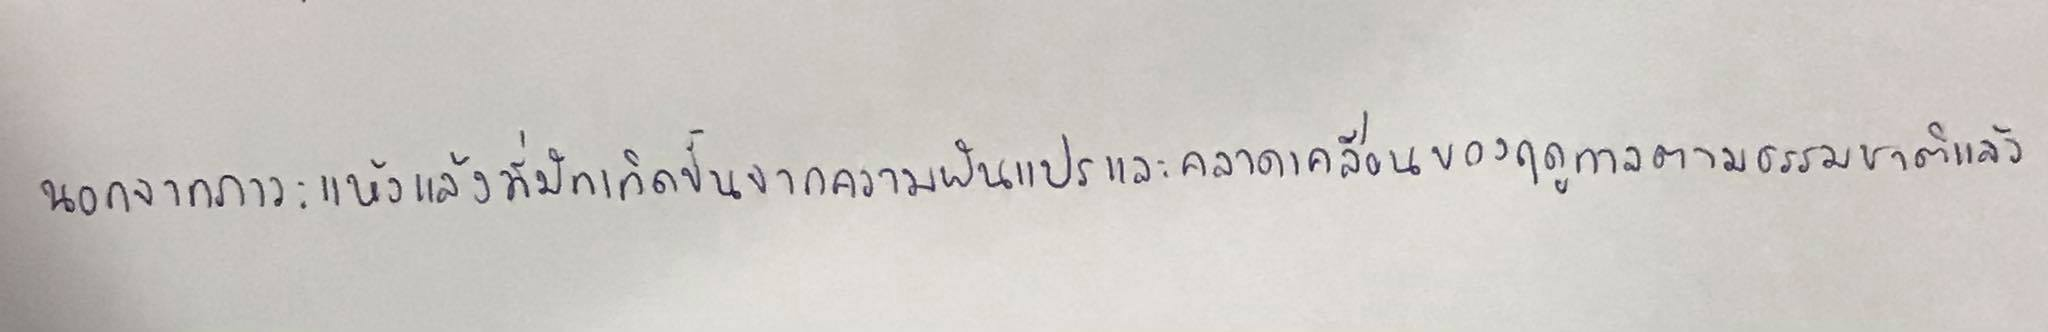
นอกจากภาวะแห้งแล้งที่มักเกิดขึ้นจากความผันแปรและคลาดเคลื่อนของฤดูกาลตามธรรมชาติแล้ว